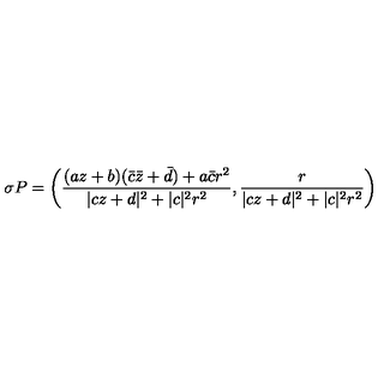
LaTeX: \sigma P = \left( \frac { ( a z + b ) ( \bar { c } \bar { z } + \bar { d } ) + a \bar { c } r ^ { 2 } } { | c z + d | ^ { 2 } + | c | ^ { 2 } r ^ { 2 } } , \frac { r } { | c z + d | ^ { 2 } + | c | ^ { 2 } r ^ { 2 } } \right)